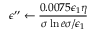
\epsilon ^ { \prime \prime } \gets \frac { 0 . 0 0 7 5 \epsilon _ { 1 } \eta } { \sigma \ln { e \sigma / \epsilon _ { 1 } } }